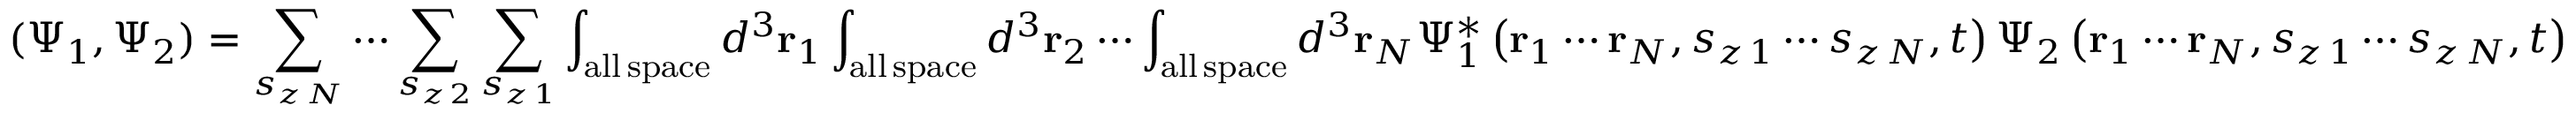
( \Psi _ { 1 } , \Psi _ { 2 } ) = \sum _ { s _ { z \, N } } \cdots \sum _ { s _ { z \, 2 } } \sum _ { s _ { z \, 1 } } \int _ { \mathrm { a l l \, s p a c e } } d ^ { 3 } \mathbf { r } _ { 1 } \int _ { \mathrm { a l l \, s p a c e } } d ^ { 3 } \mathbf { r } _ { 2 } \cdots \int _ { \mathrm { a l l \, s p a c e } } d ^ { 3 } \mathbf { r } _ { N } \Psi _ { 1 } ^ { * } \left( \mathbf { r } _ { 1 } \cdots \mathbf { r } _ { N } , s _ { z \, 1 } \cdots s _ { z \, N } , t \right) \Psi _ { 2 } \left( \mathbf { r } _ { 1 } \cdots \mathbf { r } _ { N } , s _ { z \, 1 } \cdots s _ { z \, N } , t \right)